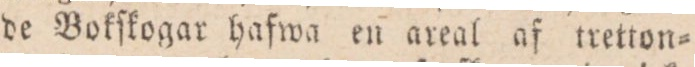
de Bokſkogar hafwa en areal af tretton=